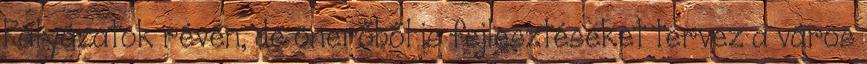
Pályázatok révén, de önerőből is fejlesztéseket tervez a város